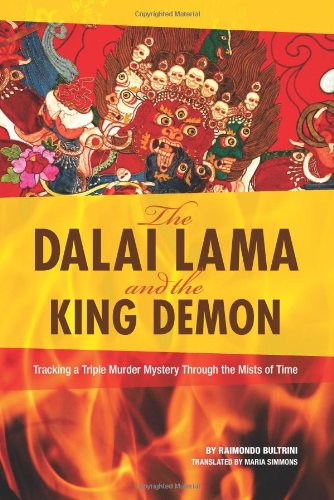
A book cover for The Dalai Lama and the King Demon: Tracking a Triple Murder Mystery Through the Mists of Time; Raimondo Bultrini; Religion & Spirituality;